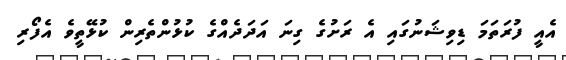
އެއީ ފުރަތަމަ ޑިވިޝަނުގައި އެ ރަށުގެ ގިނަ އަދަދެއްގެ ކުޅުންތެރިން ކުޅޭތީވެ އެފޯރި